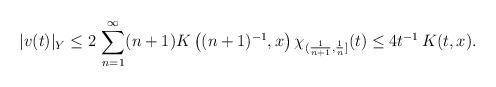
\begin{align*}|v(t)|_Y\leq 2\, \sum_{n=1}^\infty (n+1) K\left((n+1)^{-1},x\right) \chi_{(\frac{1}{n+1},\frac{1}{n}]}(t) \leq 4t^{-1} \, K(t, x) .\end{align*}